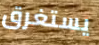
يستغرق